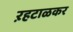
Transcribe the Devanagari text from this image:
ऱहटाळकर